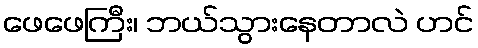
ဖေဖေကြီး၊ ဘယ်သွားနေတာလဲ ဟင်